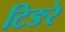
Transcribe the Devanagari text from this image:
टिङरे